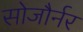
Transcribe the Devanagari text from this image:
सोजौर्नर